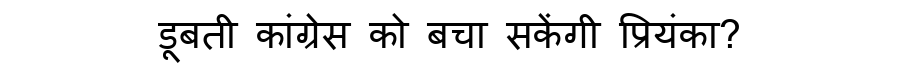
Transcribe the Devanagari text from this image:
डूबती कांग्रेस को बचा सकेंगी प्रियंका?